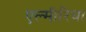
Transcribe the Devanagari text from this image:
एल्मीरिया